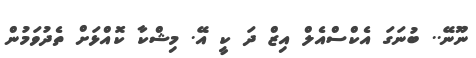
ނޫނޭ.. ބުނަގަ އެކްސްއެލް އިޒް ދަ ކީ އޭ. މިޝްކާ ކޮއްޅަށް ތެދުވަމުން